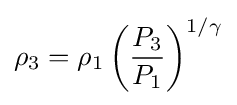
\rho _{3}=\rho _{1}\left({\frac {P_{3}}{P_{1}}}\right)^{1/\gamma }